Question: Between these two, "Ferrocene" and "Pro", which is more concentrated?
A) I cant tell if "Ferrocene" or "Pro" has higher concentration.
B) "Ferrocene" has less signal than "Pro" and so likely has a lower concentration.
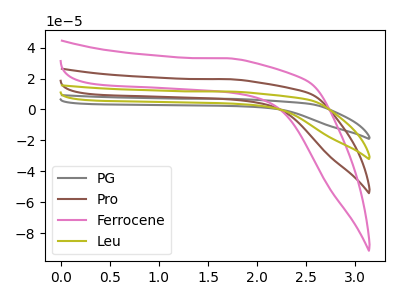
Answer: <think>The gray curve "PG" has no peaks. The brown curve "Pro" has no peaks. The pink curve "Ferrocene" has no peaks. The olive curve "Leu" has no peaks.
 Neither "Ferrocene" or "Pro" have any peaks.</think>
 <answer>A) I cant tell if "Ferrocene" or "Pro" has higher concentration.</answer>
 <eval>A</eval>